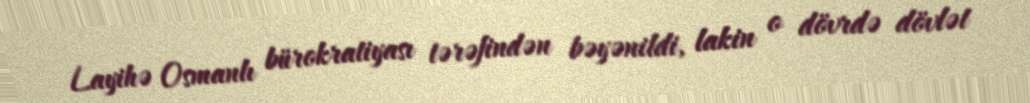
Layihə Osmanlı bürokratiyası tərəfindən bəyənildi, lakin o dövrdə dövlət